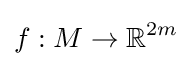
f:M\to \mathbb {R} ^{2m}